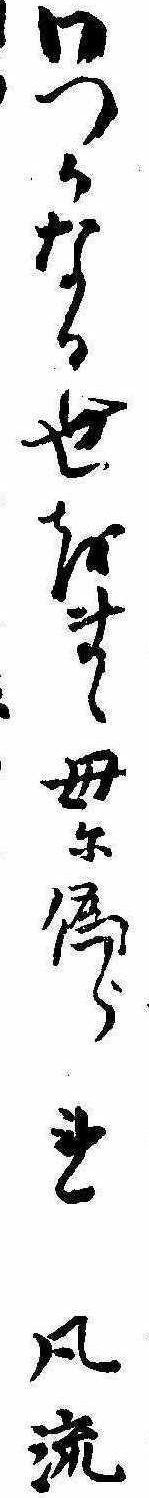
わつかなる世をまゝ母に偽られ風流